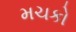
મચકો